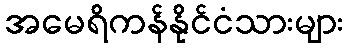
အမေရိကန်နိုင်ငံသားများ